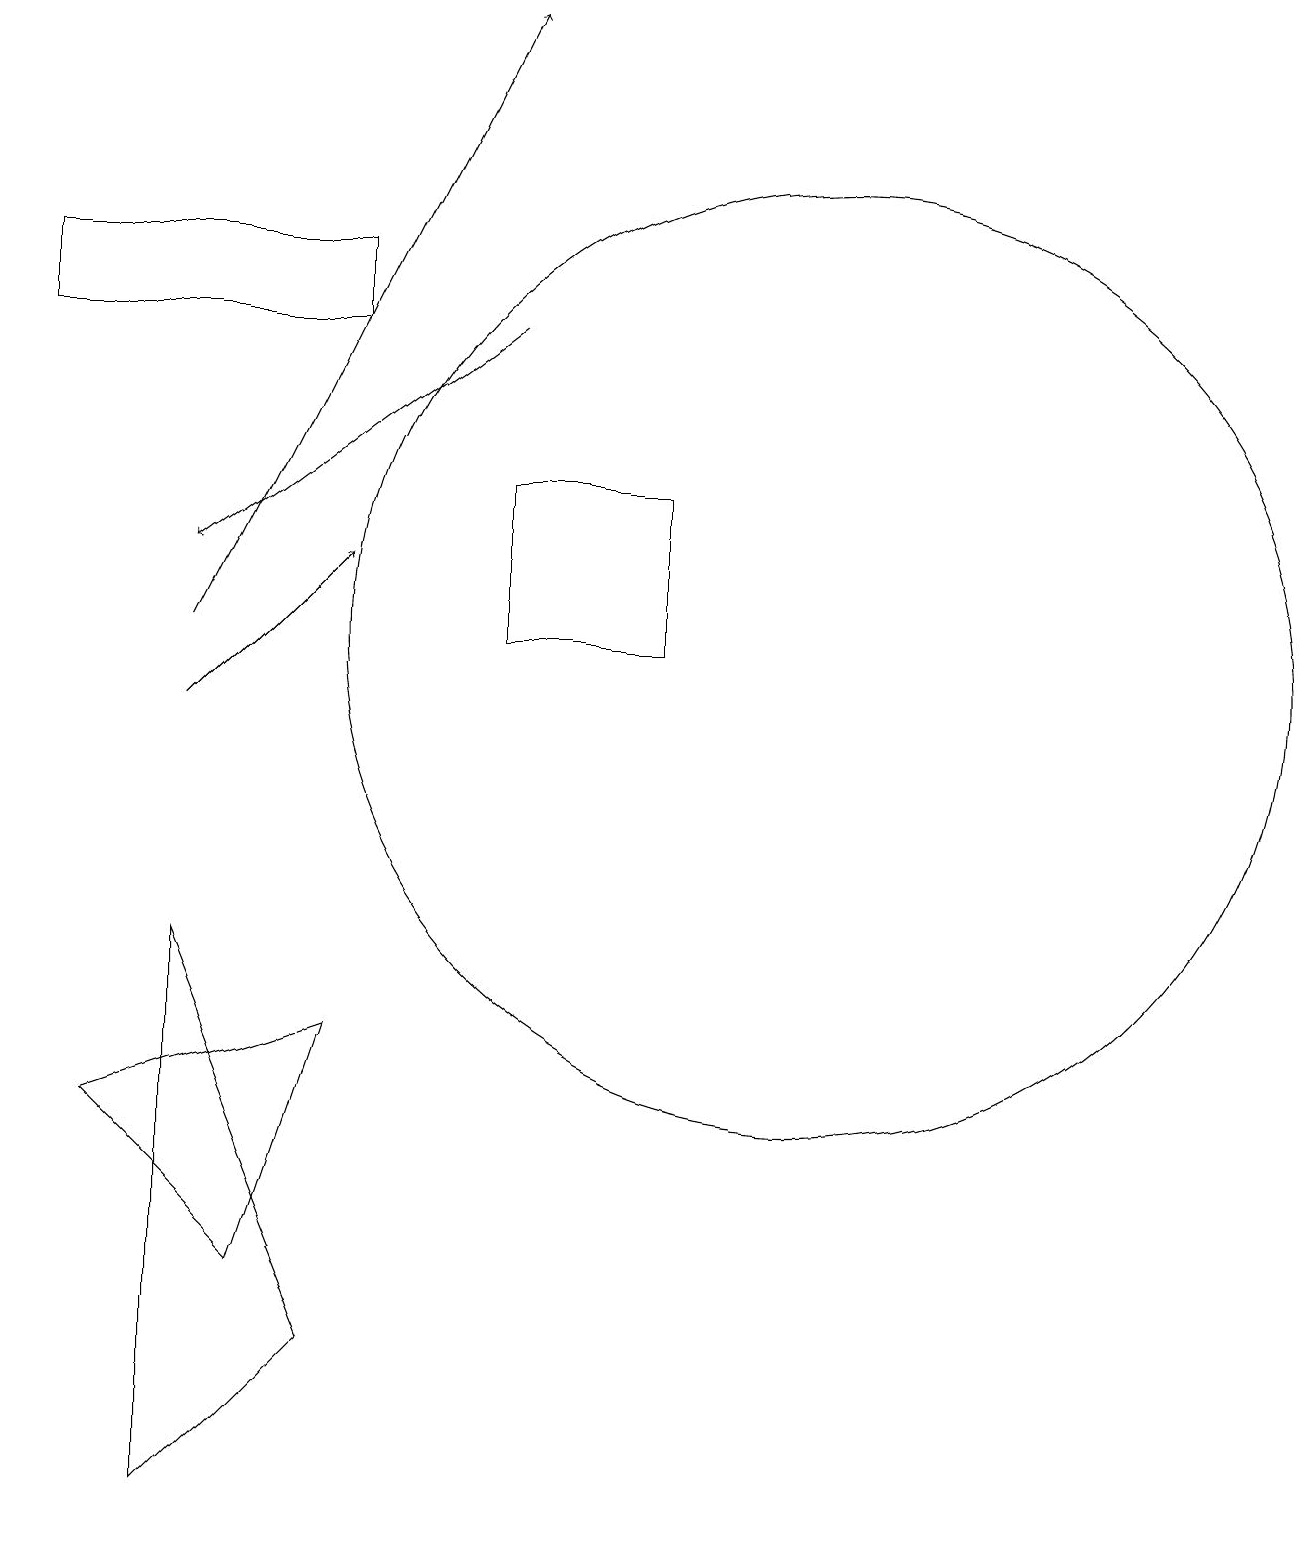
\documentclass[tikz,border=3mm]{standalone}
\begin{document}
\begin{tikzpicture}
\draw[->] (3,10) -- (5,12);
\draw (9,13) rectangle (7,11);
\draw (5,6) -- (2,5) -- (4,3) -- cycle;
\draw[->] (7,15) -- (3,12);
\draw (3,0) -- (3,7) -- (5,2) -- cycle;
\draw[->] (3,11) -- (7,19);
\draw (5,16) rectangle (1,15);
\draw (11,11) circle (6);
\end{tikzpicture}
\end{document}